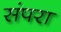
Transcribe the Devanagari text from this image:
संपरा